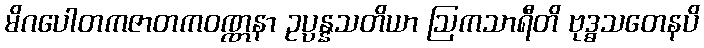
မိဂပေါတကဇာတကဝဏ္ဏနာ ဥပ္ပန္နသတိယာ ဩကသာရီတိ ဗုဒ္ဓသတေနပိ